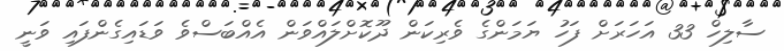
ސާލިހް 33 އަހަރަށް ފަހު ޔަމަންގެ ވެރިކަން ދޫކޮށްލައްވަން އެއްބަސްވެ ވަޑައިގެންފައި ވަނީ